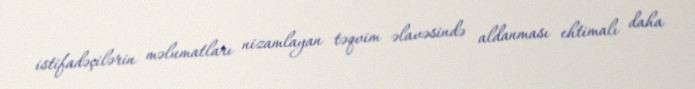
istifadəçilərin məlumatları nizamlayan təqvim əlavəsində aldanması ehtimalı daha